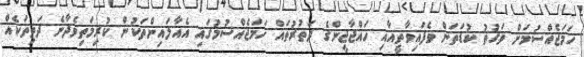
ހަމަޖެއްސުމަށް ވަގުތު ކުޑަތަން ވެފައިވާތީއާއި ހައްޖާޖީންގެ ދަތުރުތައް ހަމަޖެއްސުމުގައި އެއާލައިންތަކުން ކުރިމަތިވެދާނެ ދަތިތަކެއް